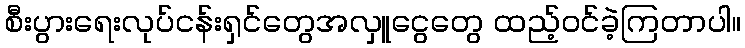
စီးပွားရေးလုပ်ငန်းရှင်တွေအလှူငွေတွေ ထည့်ဝင်ခဲ့ကြတာပါ။